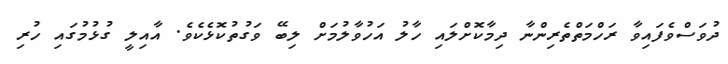
ދުވަސްވެފައިވާ ރަހްމަތްތެރިންނާ ދިމާކޮށްލައި ހާލު އަހުވާލުމަށް ލިބޭ ވަގުތުކޮޅެކެވެ. އާއިލީ ގުޅުމުގައި ހުރި